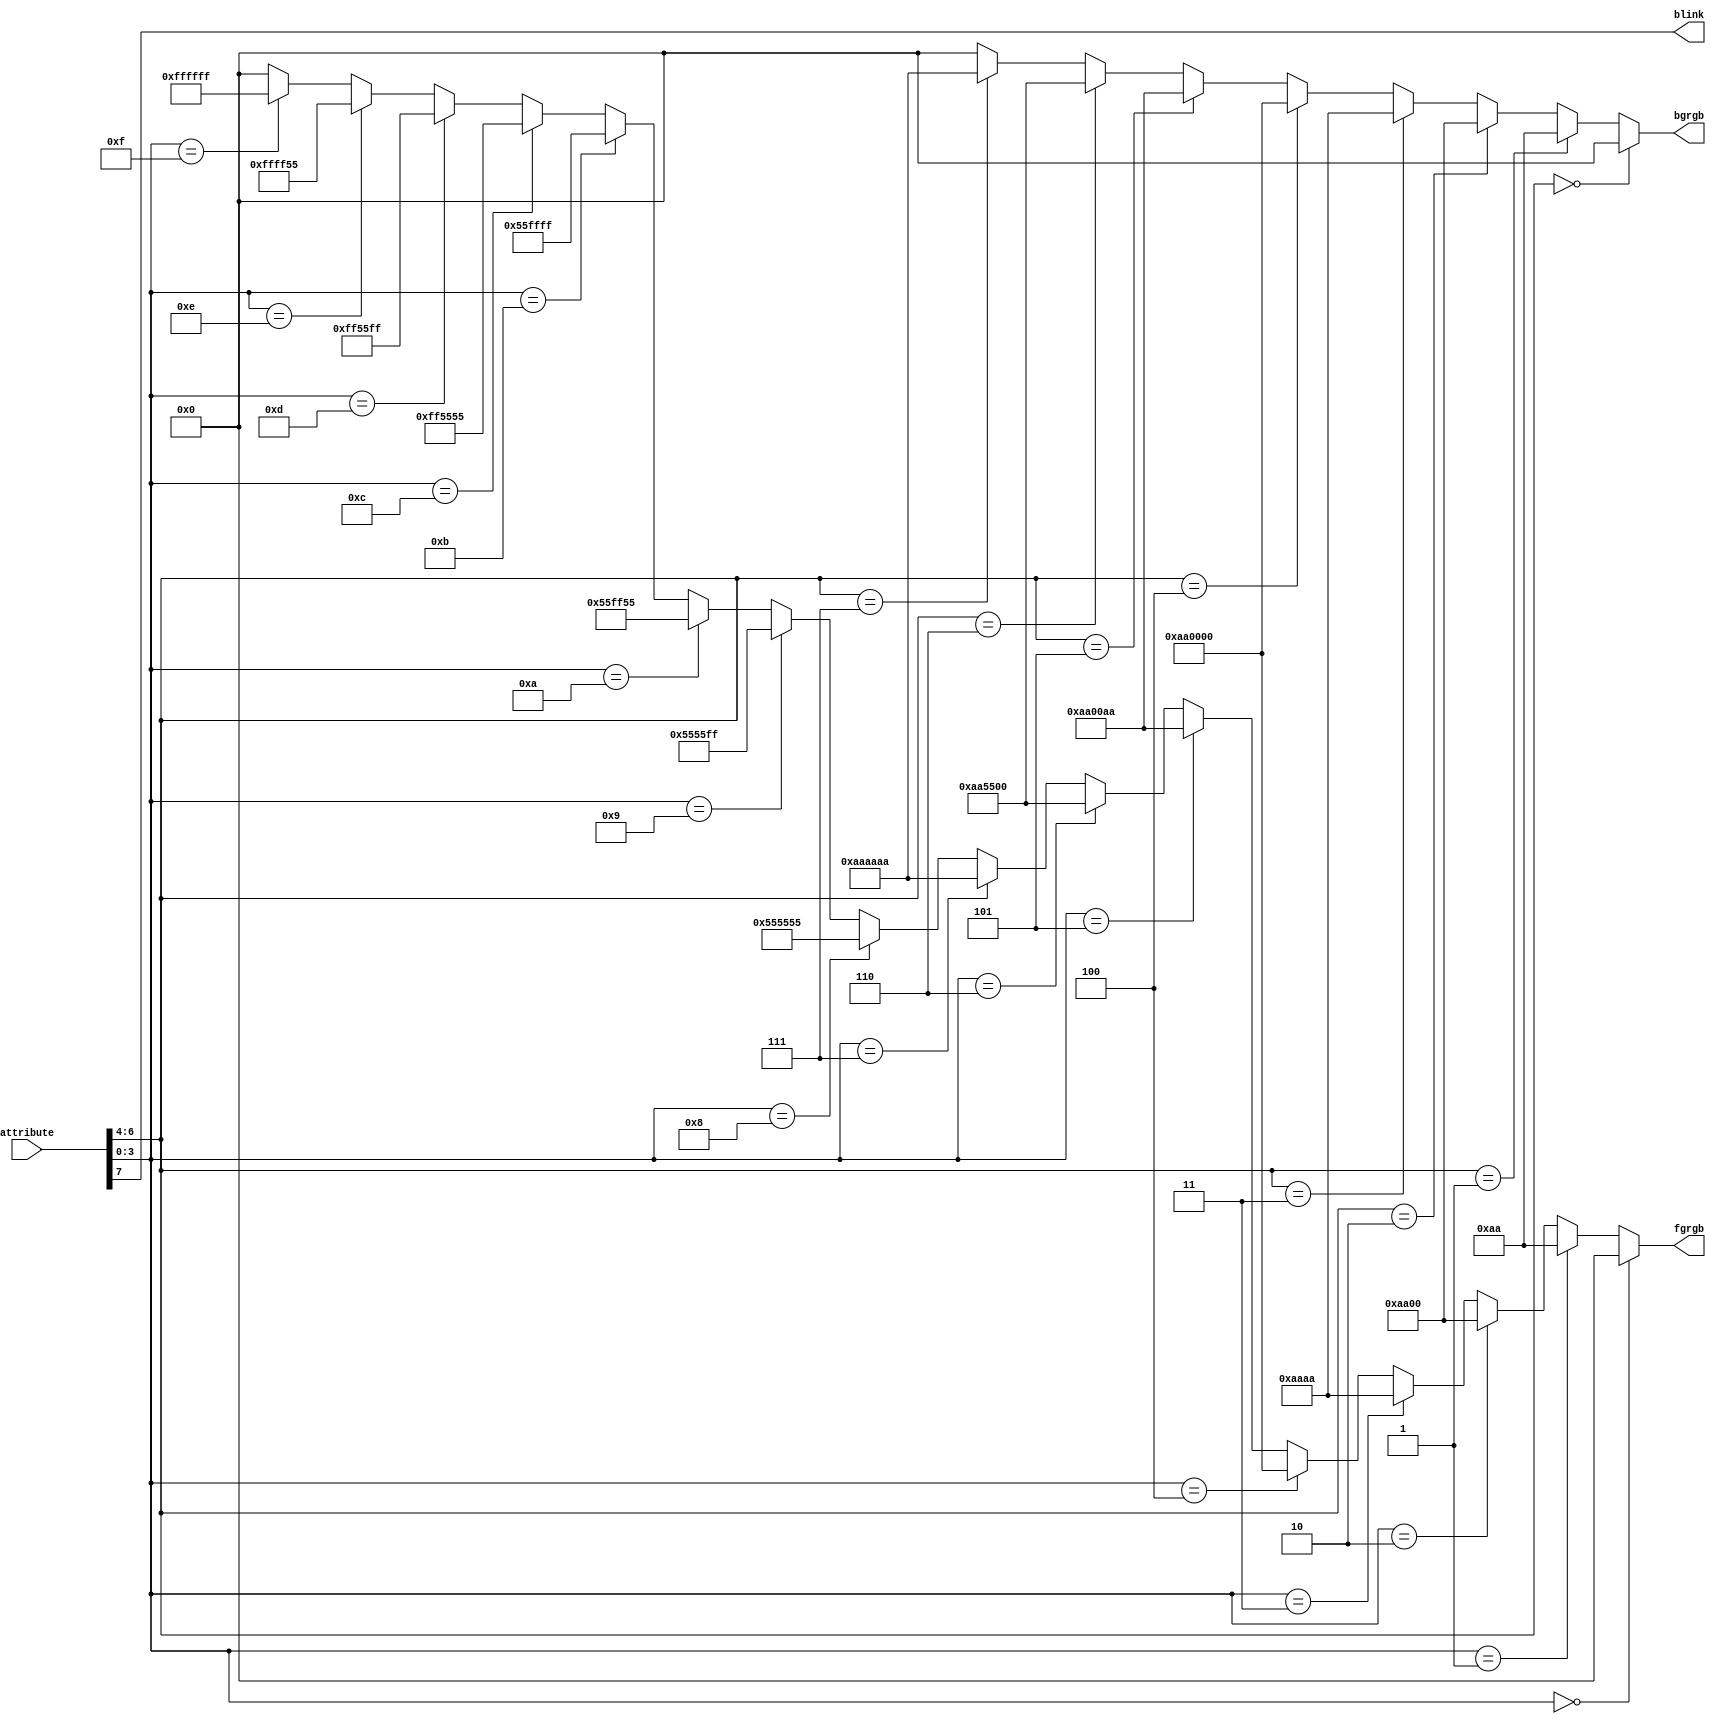
module attributemap (
           input wire [7:0] attribute,
           output wire [23:0] fgrgb,
           output wire [23:0] bgrgb,
           output wire blink
);
// See https://en.wikipedia.org/wiki/Video_Graphics_Array#Color_palette
assign blink = attribute[7];
assign bgrgb = attribute[6:4] == 3'b000 ? 24'h000000
    : attribute[6:4] == 3'b001 ? 24'h0000AA
    : attribute[6:4] == 3'b010 ? 24'h00AA00
    : attribute[6:4] == 3'b011 ? 24'h00AAAA
    : attribute[6:4] == 3'b100 ? 24'hAA0000
    : attribute[6:4] == 3'b101 ? 24'hAA00AA
    : attribute[6:4] == 3'b110 ? 24'hAA5500
    : attribute[6:4] == 3'b111 ? 24'hAAAAAA
    : 24'h000000;

assign fgrgb = attribute[3:0] == 4'h0 ? 24'h000000
    : attribute[3:0] == 4'h1 ? 24'h0000AA
    : attribute[3:0] == 4'h2 ? 24'h00AA00
    : attribute[3:0] == 4'h3 ? 24'h00AAAA
    : attribute[3:0] == 4'h4 ? 24'hAA0000
    : attribute[3:0] == 4'h5 ? 24'hAA00AA
    : attribute[3:0] == 4'h6 ? 24'hAA5500
    : attribute[3:0] == 4'h7 ? 24'hAAAAAA
    : attribute[3:0] == 4'h8 ? 24'h555555
    : attribute[3:0] == 4'h9 ? 24'h5555FF
    : attribute[3:0] == 4'hA ? 24'h55FF55
    : attribute[3:0] == 4'hB ? 24'h55FFFF
    : attribute[3:0] == 4'hC ? 24'hFF5555
    : attribute[3:0] == 4'hD ? 24'hFF55FF
    : attribute[3:0] == 4'hE ? 24'hFFFF55
    : attribute[3:0] == 4'hF ? 24'hFFFFFF
    : 24'h000000;

endmodule